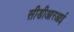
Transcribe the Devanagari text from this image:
सीडीआरआई